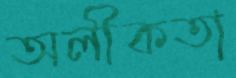
অলীকতা